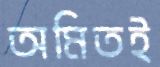
অমিতই